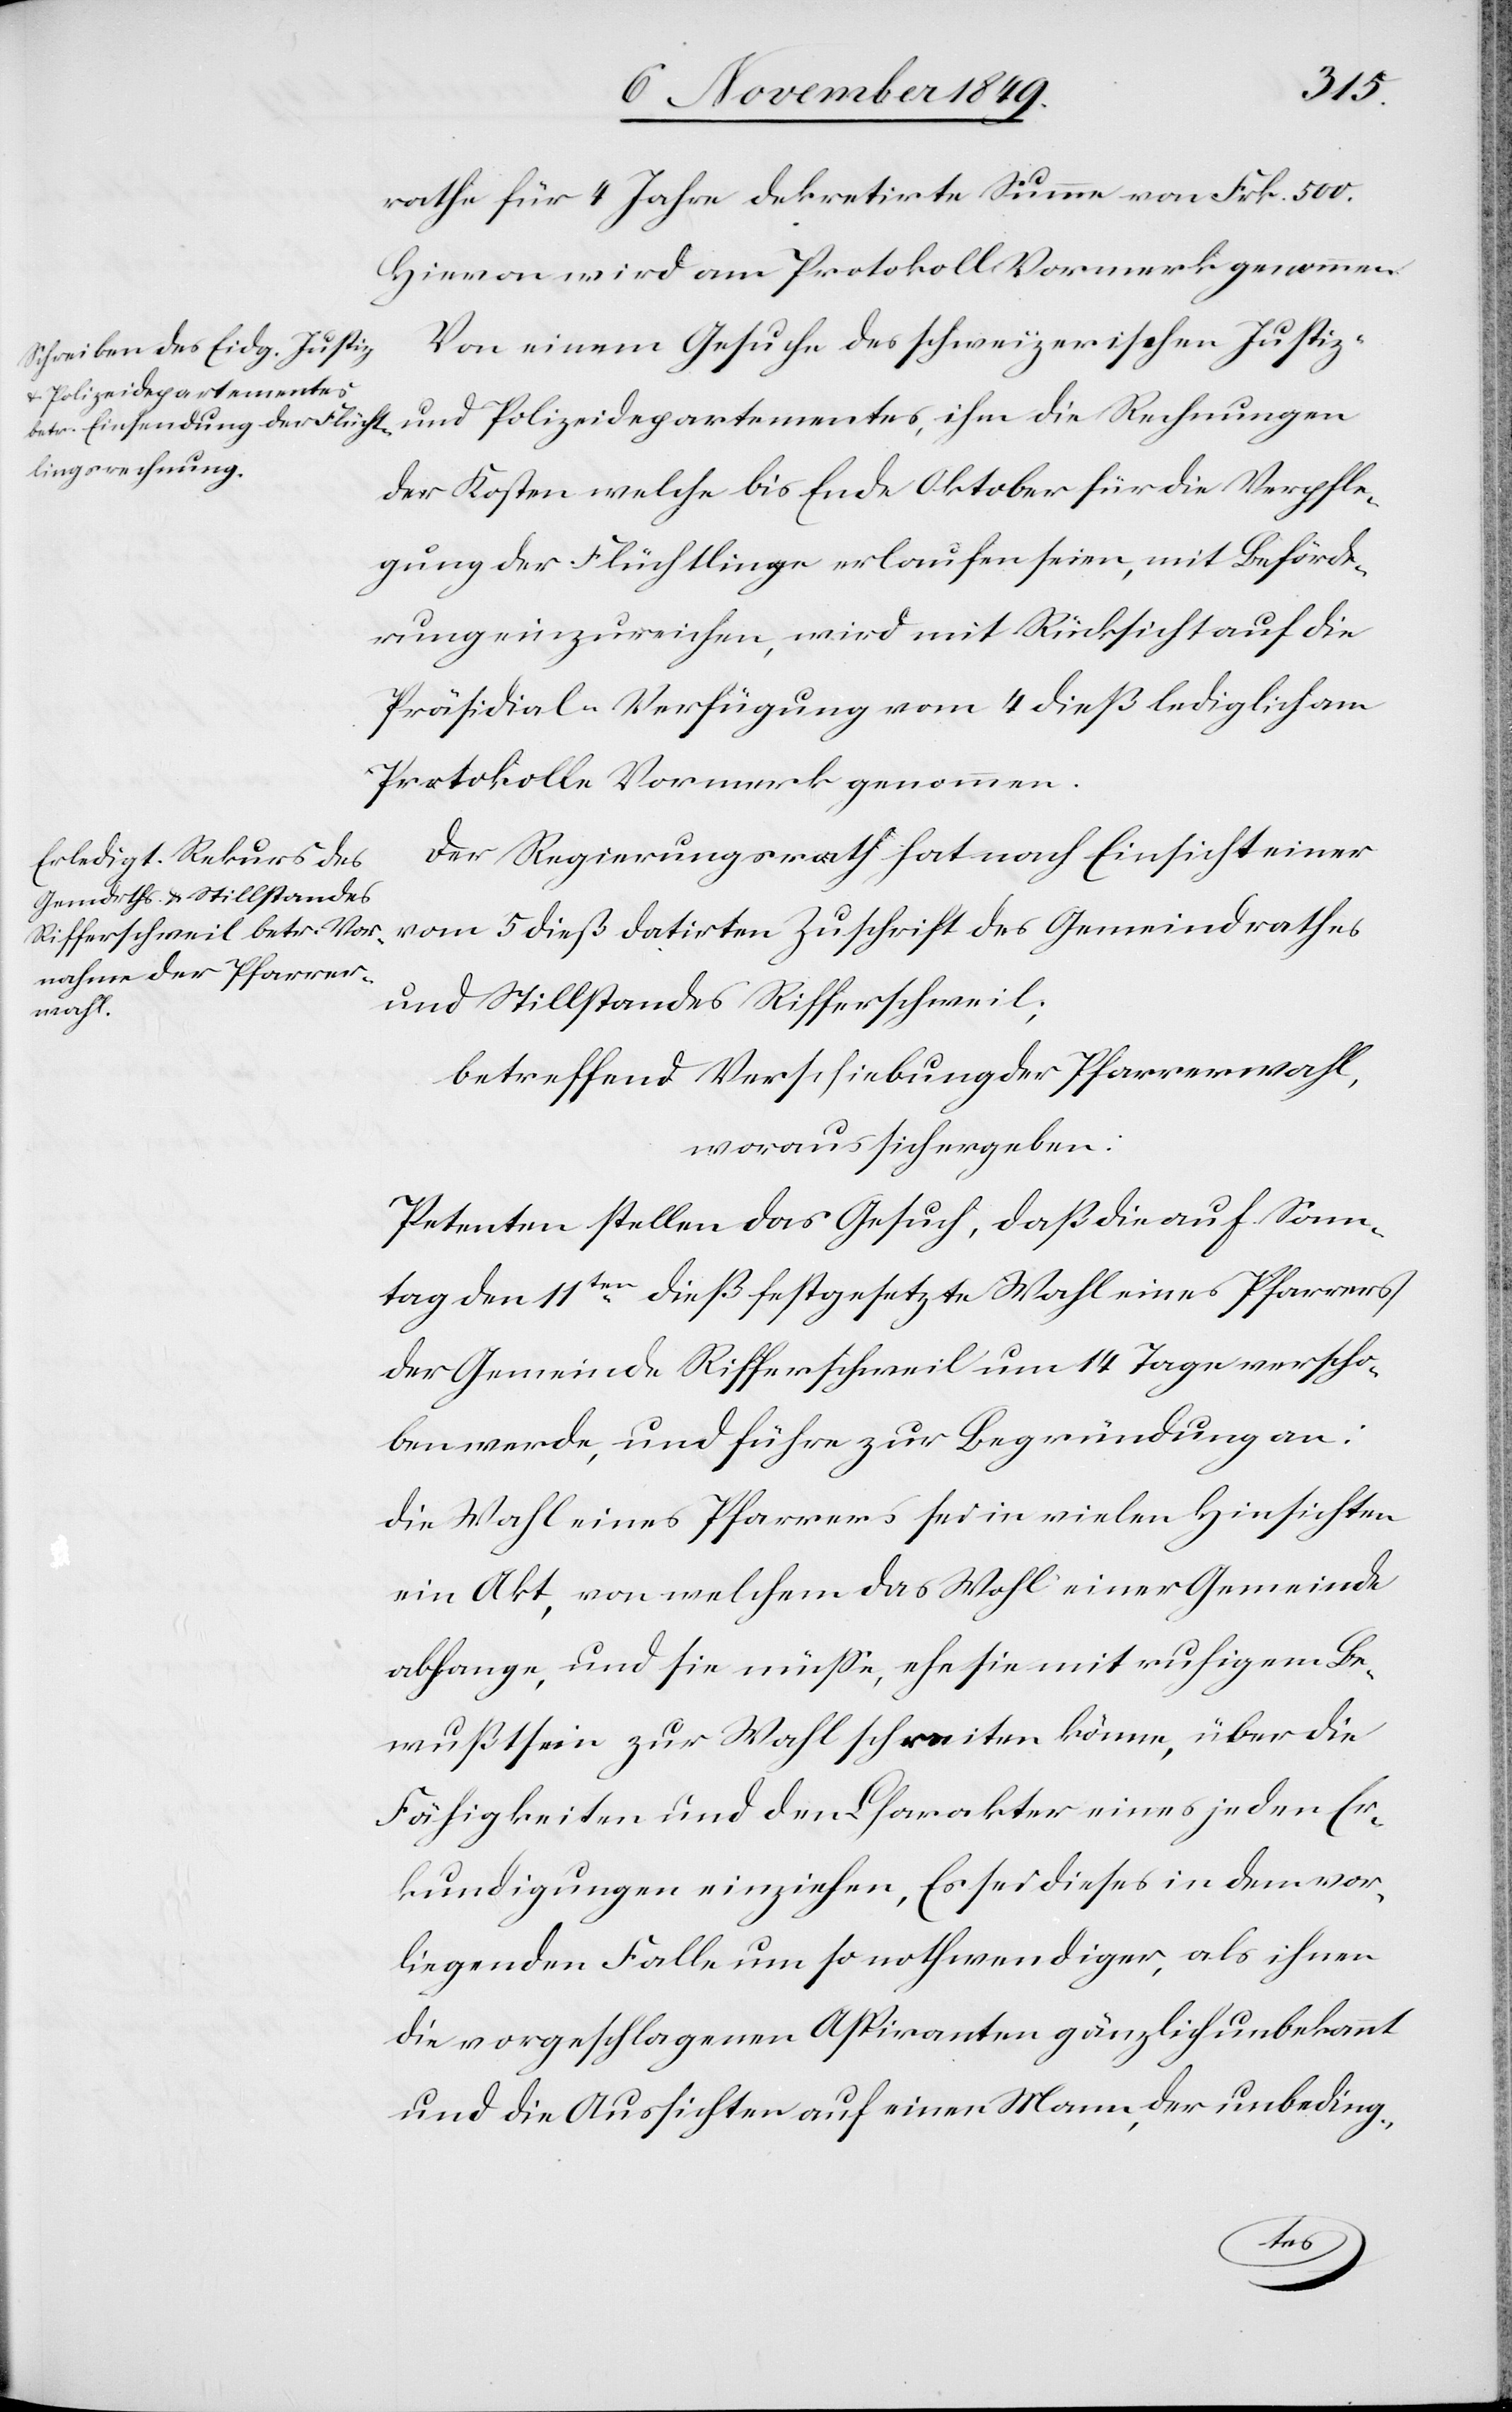
500.
Hievon wird am Protokoll Vormerk genommen.
Von einem Gesuche des schweizerischen Justiz-
Polizeidepartementes,
der Kosten welche bis Ende Oktober für die Verpfle¬
gung der Flüchtlinge erlaufen seien, mit Beförde¬
rung einzureichen, wird mit Rücksicht auf die
Präsidial-Verfügung vom 4 dieß lediglich am
Protokolle Vormerk genommen.
Der Regierungsrath hat nach Einsicht einer
vom 5 dieß datirten Zuschrift des Gemeindrathes
und Stillstandes Rifferschweil;
betreffend Verschiebung der Pfarrerwahl,
woraus sich ergeben:
Petenten stellen das Gesuch, daß die auf Sam¬
stag den 11ten dieß festgesetzte Wahl eines Pfarrers
der Gemeinde Rifferschweil um 14 Tage verscho¬
ben werde, und führe zur Begründung an:
Die Wahl eines Pfarrers sei in vielen Hinsichten
ein Akt, von welchem das Wohl einer Gemeinde
abhange, und sie müße, ehe sie mit ruhigem Be¬
wußtsein zur Wahl schreiten können, über die
Fähigkeiten und den Charakter eines jeden Er¬
kundigungen einziehen, Es [sic!] sei dieses in dem vor¬
liegenden Falle um so nothwendiger als ihnen
die vorgeschlagenen Aspiranten gänzlich unbekannt
und die Aussichten auf einen Mann, der unbeding-
die
und